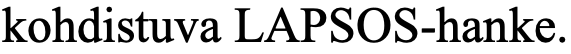
kohdistuva LAPSOS-hanke.